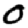
Digit: 0